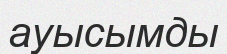
ауысымды